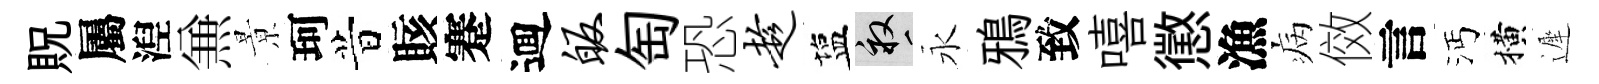
貺屬湼𠔥㬌珂昔賅蹇逥皈匋恐趁塩畝永鴉致嘻懲漁病傚言沔横遲